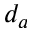
d _ { a }